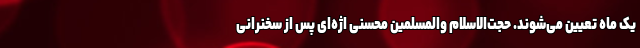
یک ماه تعیین می‌شوند. حجت‌الاسلام والمسلمین محسنی اژه‌ای پس از سخنرانی